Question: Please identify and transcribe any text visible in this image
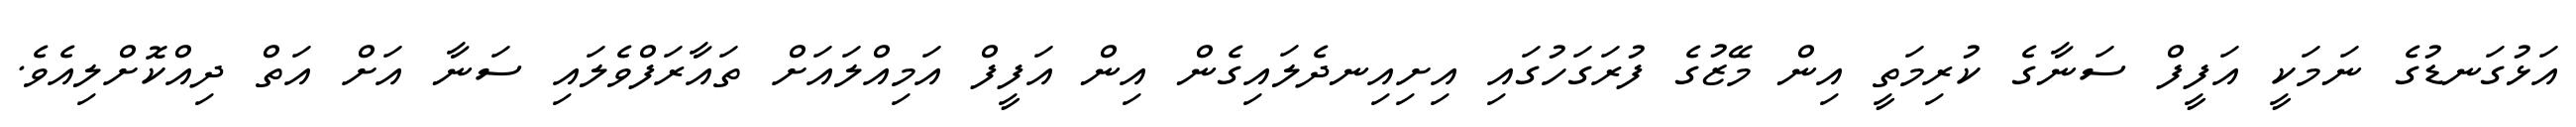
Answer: އަޅުގަނޑުގެ ނަމަކީ އަފީފް ސަނާގެ ކުރިމަތީ އިން މޭޒުގެ ފުރަގަހުގައި އިށިއިނދެލައިގެން އިން އަފީފް އަމިއްލައަށް ތައާރަފްވެލައި ސަނާ އަށް އަތް ދިއްކޮށްލިއެވެ.